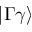
| \Gamma \gamma \rangle